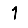
Digit: 1